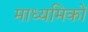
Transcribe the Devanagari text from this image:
माध्यमिकों